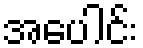
အပေါင်း